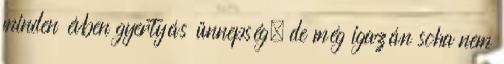
minden évben gyertyás ünnepség, de még igazán soha nem